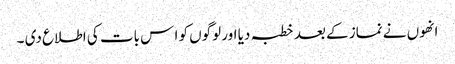
انھوں نے نماز کے بعد خطبہ دیا اور لوگوں کو ا س بات کی اطلاع دی ۔